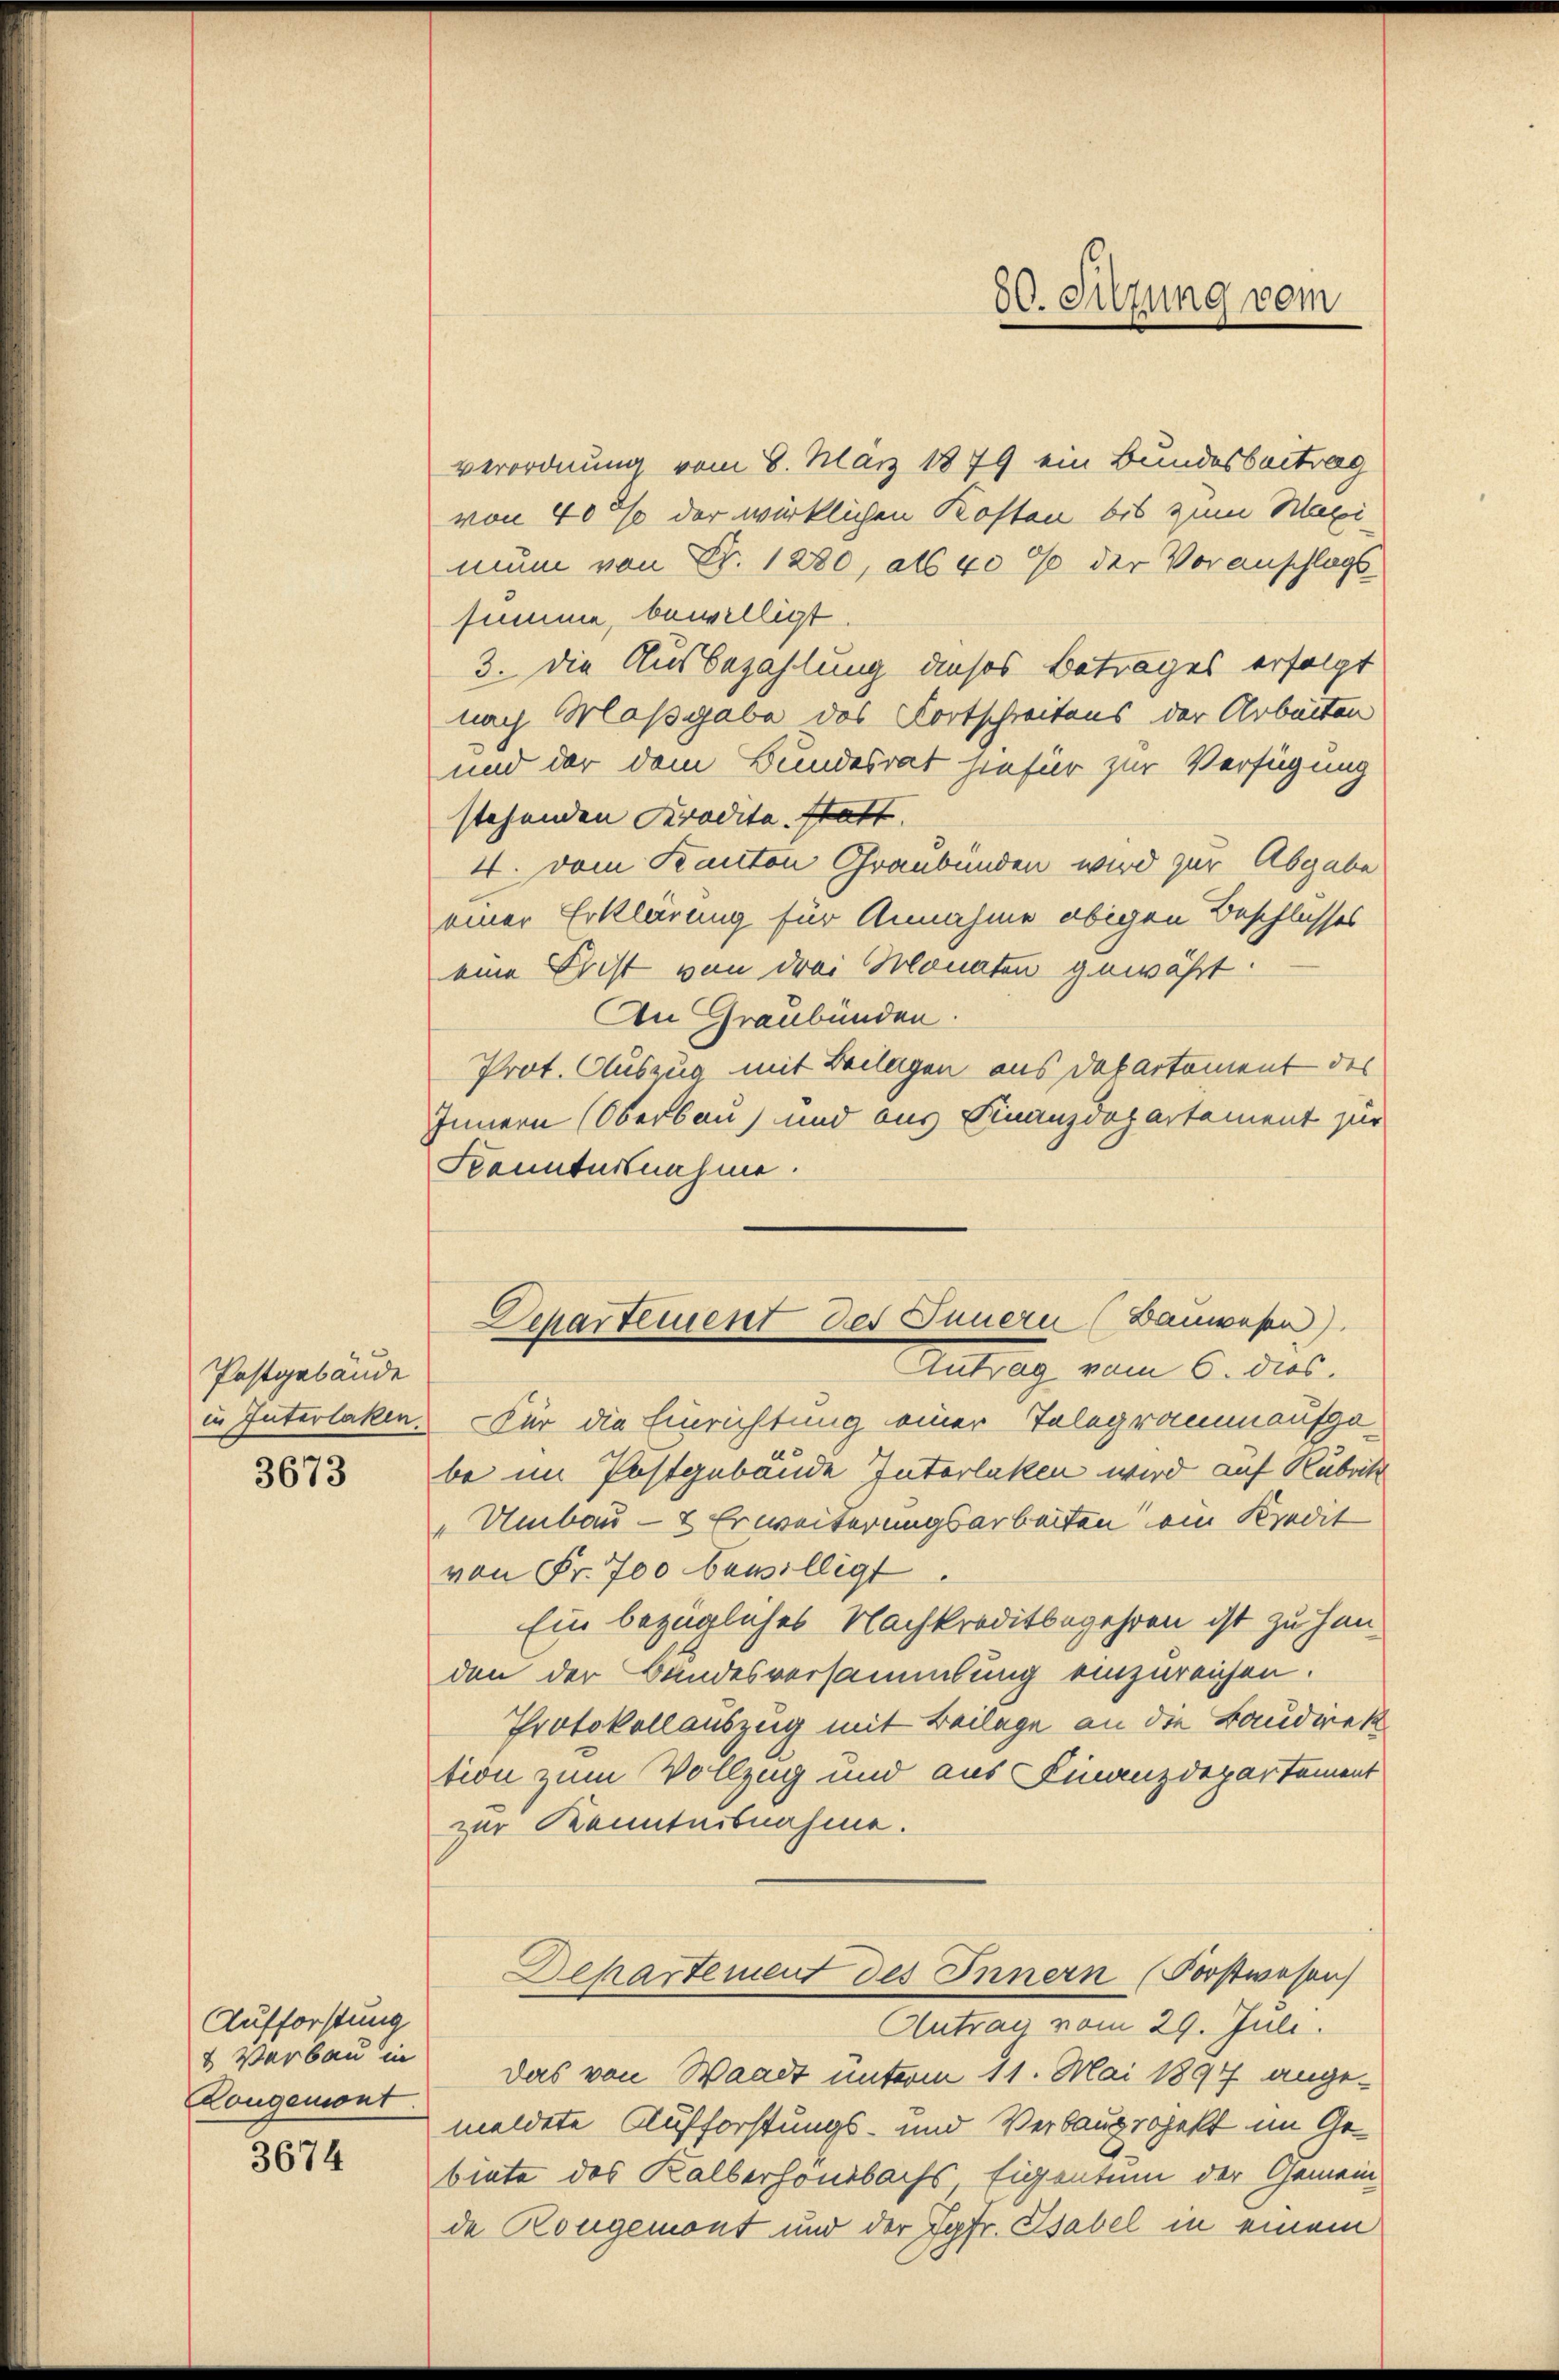
Postgebäude
in Interlaken.

3673

Aufforstung
& Verbau in
Rongemont

3674

verordnung vom 8. März 1879 ein Bundesbeitrag
von 40 % der wirklichen Kosten bis zum Maxi-
nun von Fr. 1280, als 40% der Voranschlags
summe, bewilligt.
3. Die Ausbezahlung dieses Betrages erfolgt
nach Maßgabe des Fortschreitens der Arbeiten
und der dem Bundesrat hiefür zur Verfügung
stehenden Kredita statt
4. vom Kanton Graubünden wird zur Abgabe
einer Erklärung für Annahme obigen Beschlusses
eine Frist von drei Monaten gewährt.
An Graubünden.
Prot. Auszug mit Beilagen aus Departement des
Innern (Oberbau und aus Finanzdepartement zur
Kennternahme.
Für die Einrichtung einer Telegramm aufgebe im Postgebäude Interlaken wird auf Rubrik
„Umbau - 8 Erweiterungsarbeiten ein Kredit
von Fr. 700 bewilligt
Ein bezügliches Nachkreditbegehren ist zu han-
den der Bandesversammlung einzureichen.
Protokollauszug mit Beilage an die Baudrektion zum Vollzug und aus Finanzdepartement
zur Kenntnisnahme.
Departement des Innern (Forstwesen
Antrag vom 29. Juli.
Das von Waadt unterm 11. Mai 1897 ange-
meldete Aufforstungs- und Verbauprojekt im Gebinte des Kalberhonsbachs, Eigentum der Gemeinde Rougemont und der Jgfr. Tabel in einem

80. Sitzung vom

Departement des Innern (Bauwesen).
Autrag vom 6. dies